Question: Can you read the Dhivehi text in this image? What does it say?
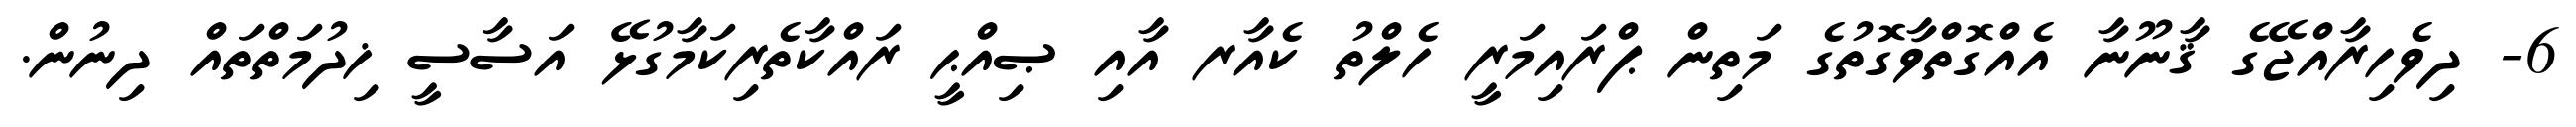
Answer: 6- ދިވެހިރާއްޖޭގެ ޤާނޫނާ އެއްގޮތްވާގޮތުގެ މަތިން ޕްރައިމަރީ ހެލްތު ކެއާރ އާއި ޞިއްޙީ ރައްކާތެރިކަމާގުޅޭ އަސާސީ ޚިދުމަތްތައް ދިނުން.